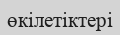
өкілетіктері